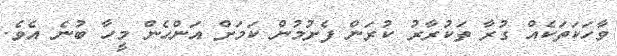
ވާހަކަތަކެއް ގުރާ ތަކުރާރު ކުރަން ފެށުމުން ކަމަށް އަންހެން މީހާ ބުނެ އެވެ.